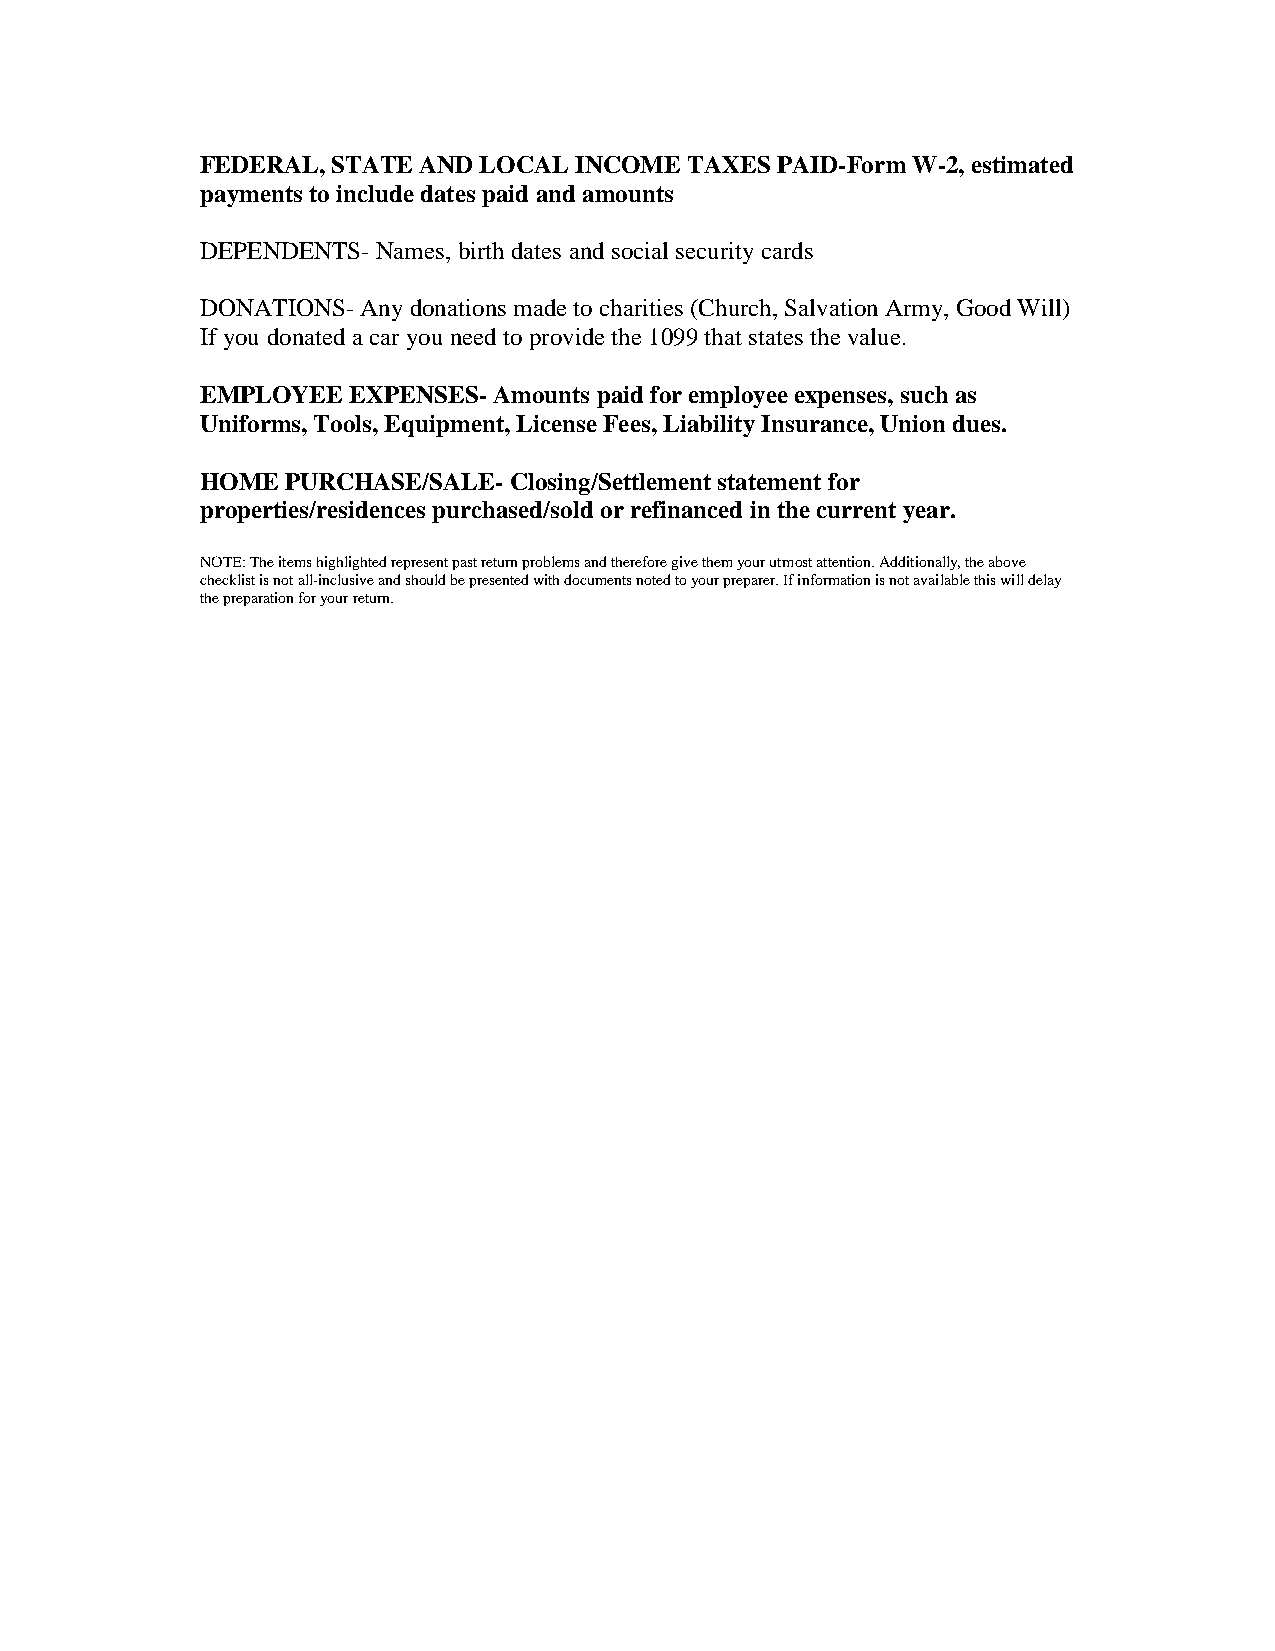
FEDERAL, STATE AND LOCAL INCOME  TAXES PAID-Form W-2, estimated
 payments to include dates paid and amounts
 DEPENDENTS- Names, birth dates and social security cards
 DONATIONS- Any donations made to charities (Church, Salvation Army, Good Will)
 If you donated a car you need to provide the 1099 that states the value.
 EMPLOYEE  EXPENSES- Amounts paid for employee expenses, such as
 Uniforms, Tools, Equipment, License Fees, Liability Insurance, Union dues.
 HOME  PURCHASE/SALE- Closing/Settlement statement for
 properties/residences purchased/sold or refinanced in the current year.
 NOTE: The items highlighted represent past return problems and therefore give them your utmost attention. Additionally, the above
 checklist is not all-inclusive and should be presented with documents noted to your preparer. If information is not available this will delay
 the preparation for your return.